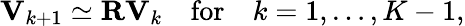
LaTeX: \mathbf{{V}}_{k+1}\simeq\mathbf{{R}}\mathbf{{V}}_{k}\quad\mathrm{for}\quad k=1,\ldots,K-1,